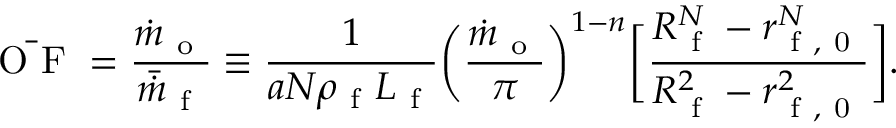
\bar { \mathrm { ~ O ~ F ~ } } = \frac { \dot { m } _ { \mathrm { ~ o ~ } } } { \bar { \dot { m } } _ { \mathrm { ~ f ~ } } } \equiv \frac { 1 } { a N \rho _ { \mathrm { ~ f ~ } } L _ { \mathrm { ~ f ~ } } } \bigg ( \frac { \dot { m } _ { \mathrm { ~ o ~ } } } { \pi } \bigg ) ^ { 1 - n } \bigg [ \frac { R _ { \mathrm { ~ f ~ } } ^ { N } - r _ { \mathrm { ~ f ~ , ~ 0 ~ } } ^ { N } } { R _ { \mathrm { ~ f ~ } } ^ { 2 } - r _ { \mathrm { ~ f ~ , ~ 0 ~ } } ^ { 2 } } \bigg ] .